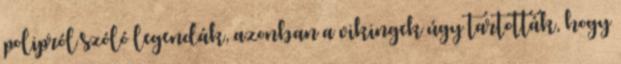
polipról szóló legendák, azonban a vikingek úgy tartották, hogy